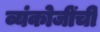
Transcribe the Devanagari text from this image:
व्यंकोजींची